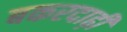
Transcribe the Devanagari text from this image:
बकरदाढ़ी